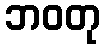
ဘဝတု